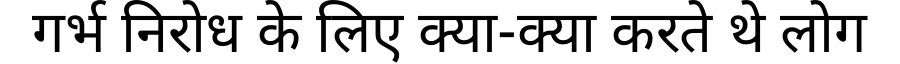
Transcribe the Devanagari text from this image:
गर्भ निरोध के लिए क्या-क्या करते थे लोग